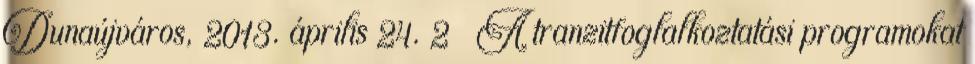
Dunaújváros, 2013. április 24. 2  A tranzitfoglalkoztatási programokat